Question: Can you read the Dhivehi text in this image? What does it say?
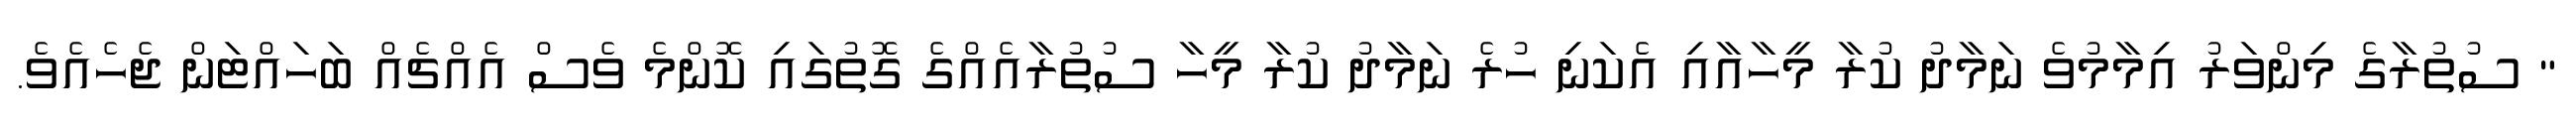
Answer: " ސުތުރާގެ މިންވަރު އިމާމުވެ ނަމާދު ކުރާ މީހާއާއި އެކަނި ހުރެ ނަމާދު ކުރާ މީހާ ސުތުރާއެއްގެ ގޮތުގައި ކޮންމެ ވެސް އެއްޗެއް ބަހައްޓަން ޖެހެއެވެ.